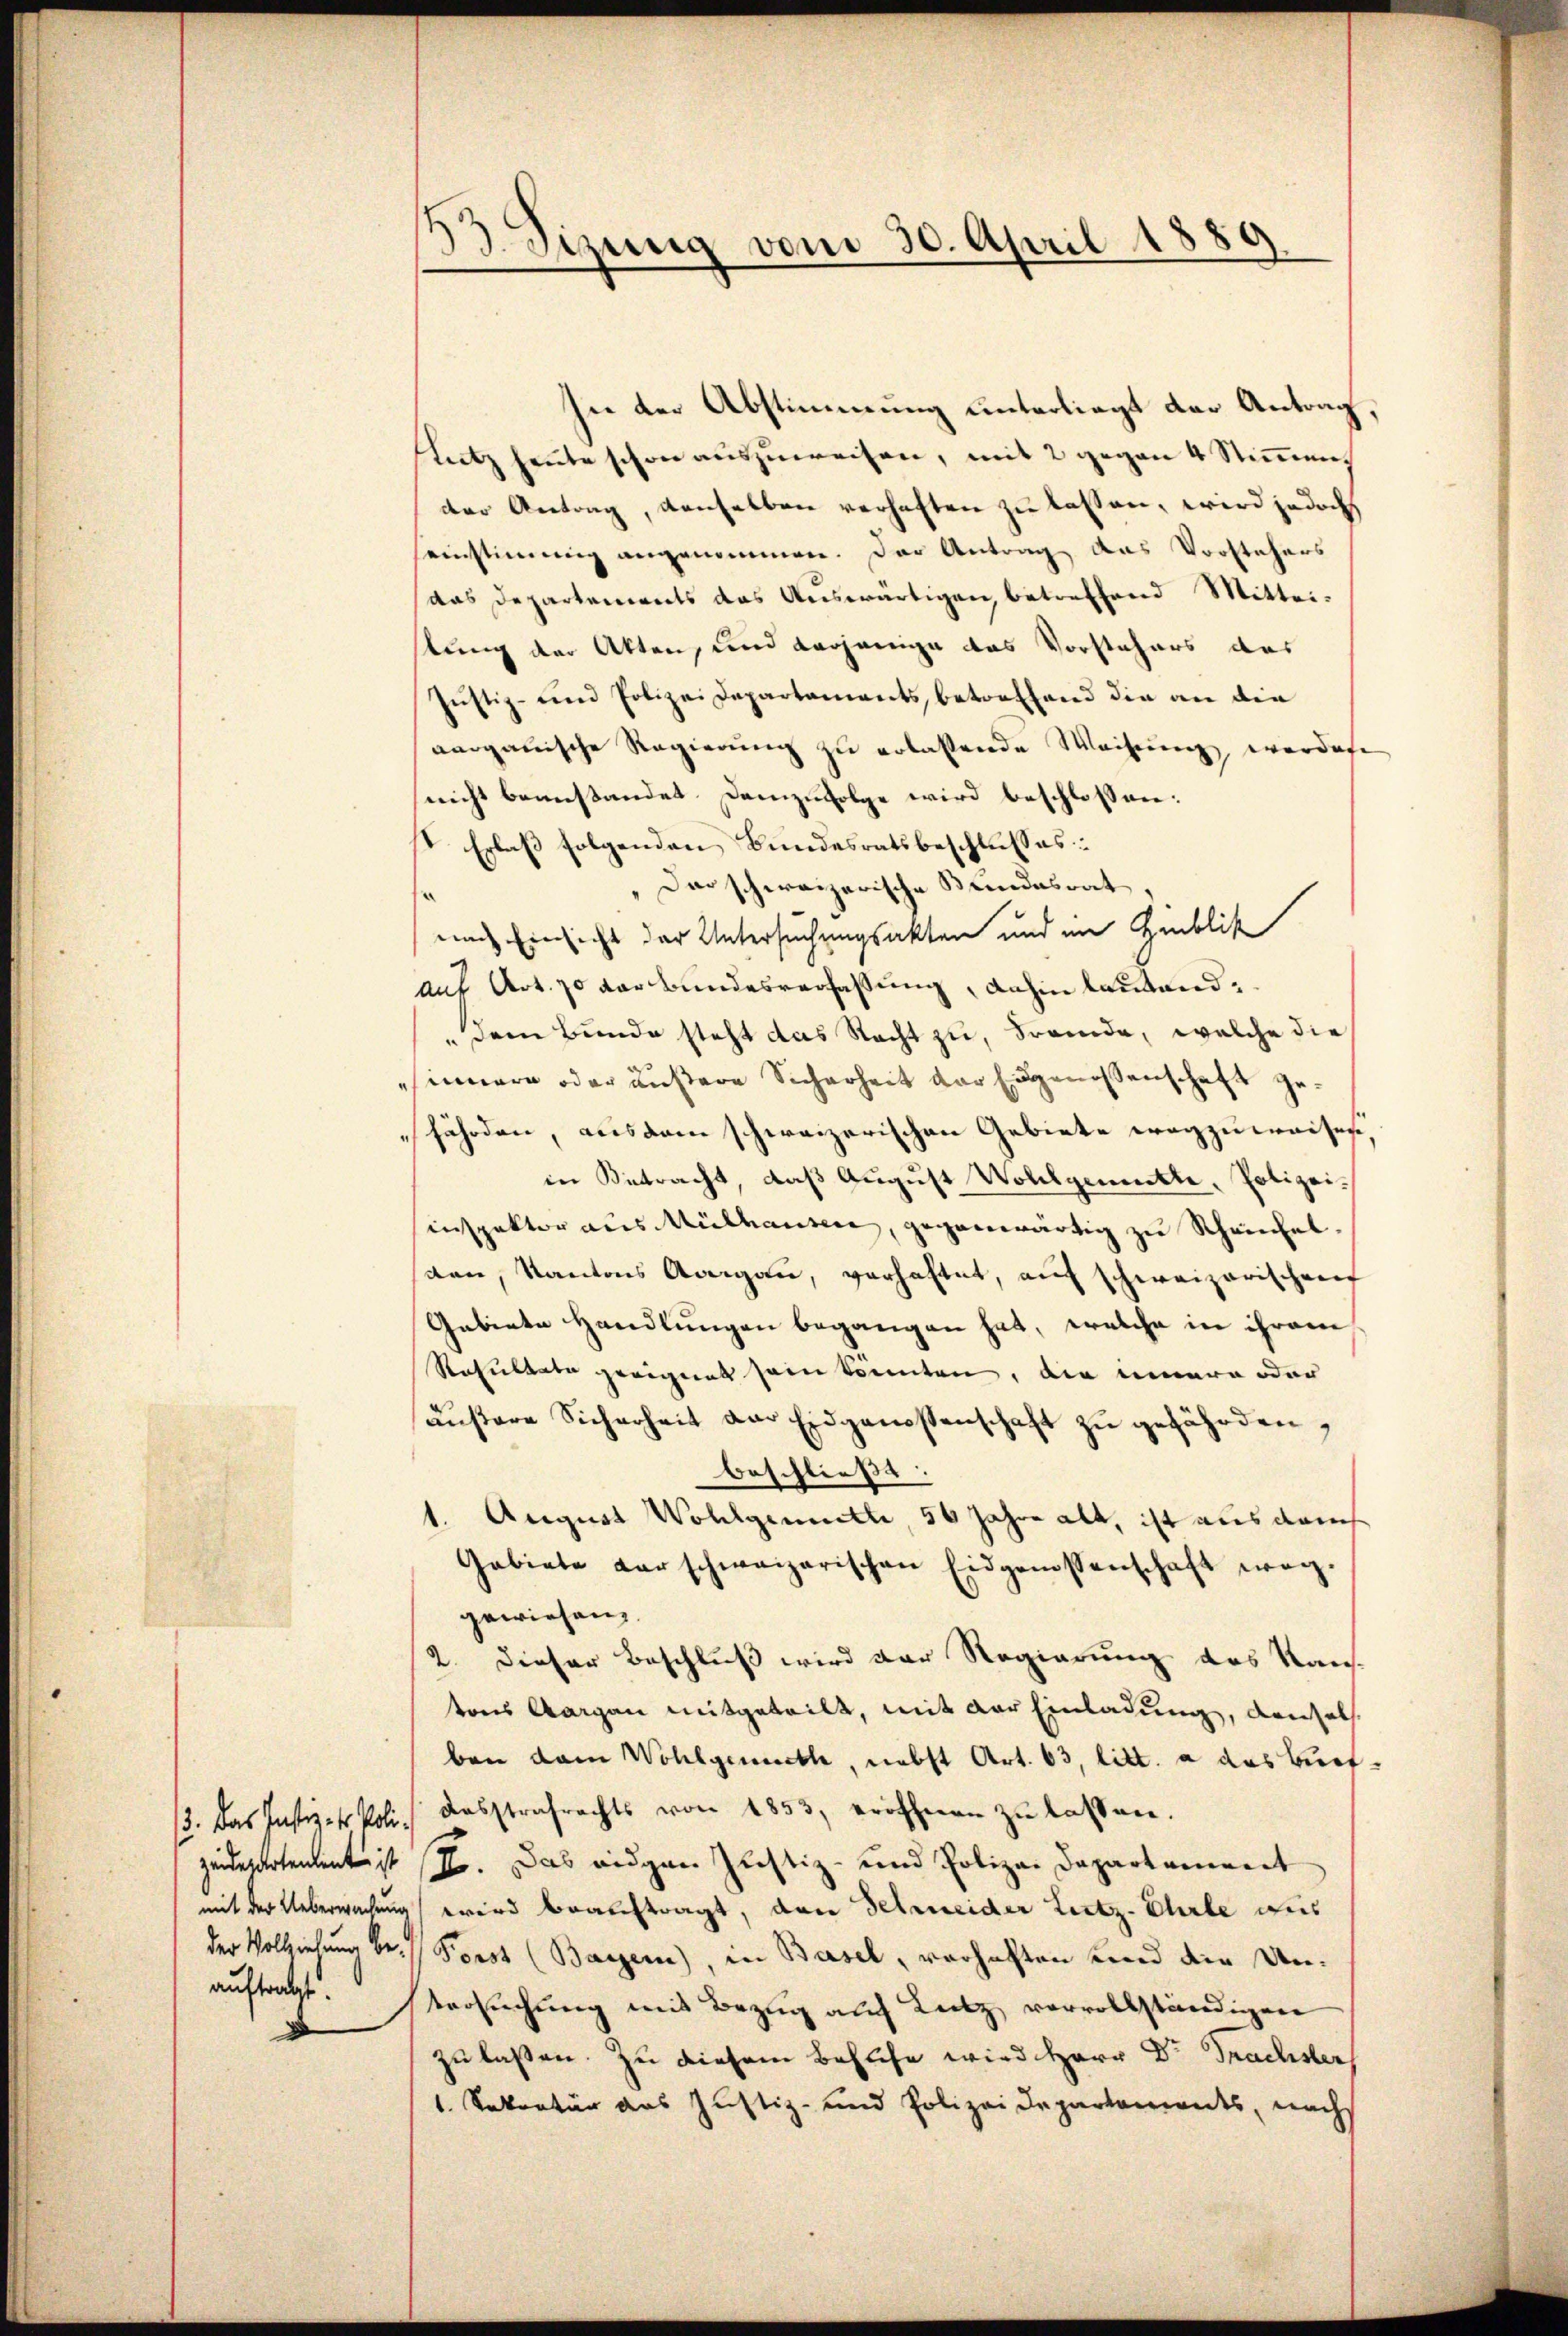
13. Das Justiz- & Polizeidesartendent ist
mit der Ueberwachung
der Vollziehung be¬

Sizung vom 30. April 1889

In der Abstimmung unterliegt der Antrag,
Lutz heute schon auszuweisen, mit 2 gegen 4 Stimmung
der Antrag, denselben verhaften zu lassen, wird jedoch
seinstimmig angenommen. Der Antrag das Vorstehers
das Departements das Auswärtigen, betreffend Mittei-
tung der Akten, und derjenige das Vorstehers des
Jŭstiz- und Polizei Departaments, betreffend die an die
aargauische Regierung zu erlassende Weisung werdete
nicht beanstandet Demzufolge wird beschlossen:
IV Erlaß folgenden Bundesratsbeschlusses
Dar schweizerische Bundesrat
s
nach Einsicht der Untersuchungsakten und im Hinblik
auf Art. 70 der Bundesverfaßung, dahin lautend¬
Dem Bunde steht das Nacht zu, Fremde, welche die
sinnern oder äußere Sicherheit vor Eidgenossenschaft gefährden, aus dem schweizerischen Gebiete wegzuweisen,
in Betracht, daß August Wollgemütte, Polizeiinspektor aus Mülhausen, gegenwärtig zu Scheinhelden, Kantons Aargau, verhaftet, aŭf schweizerischen
Gebiete Handlungen begangen hat, welche in ihrem
Resultate geeignet sein könnten, die innere oder
äŭsere Sicherheit am Eidgenossenschaft zŭ gefährden,
beschließe.
1. August Wohlgemuth, 56 Jahre alt, ist aus demse
Gebiete der schweizerischen Eidgenossenschaft weg.
gewiesen.
2. Dieser Beschluß wird der Regierung des Raus
tons Aargau mitgeteilt, mit der Einladung, densels.
ben dem Wohlgeweckte, nebst Art. 63, litt. a das Bürfdesstrafrechts von 1853, eröffnen zŭ lassen.
II. Das eidgen Justiz- und Polizei Departement
wird beauftragt, den Scheider Leitz-Ehrle dies
Forst (Bayern), in Basel, verhaften und die Unauftragt. Versuchung mit Bezug auch Lutz vervollständigen
zu laßen. Zu diesem Behufe wird Herr Dr Trachsters
1. Sekretär aus Justiz- und Polizei Departaments, nachs